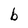
Character: b